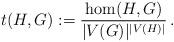
LaTeX: \begin{align*}t(H, G) := \frac{\hom(H,G)}{|V(G)|^{|V(H)|}}\, .\end{align*}